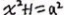
x ^ { 2 } + 1 = a ^ { 2 }